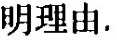
明理由。